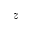
z